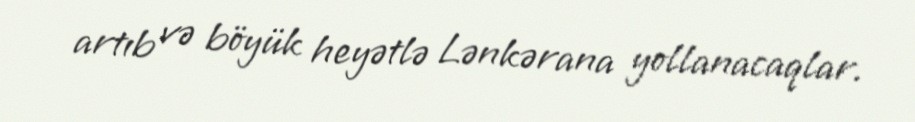
artıb və böyük heyətlə Lənkərana yollanacaqlar.